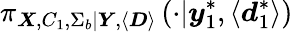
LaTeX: \pi_{\boldsymbol{X},C_{1},\Sigma_{b}|\boldsymbol{Y},\langle\boldsymbol{D}\rangle}\left(\cdot|\boldsymbol{y}_{1}^{*},\langle\boldsymbol{d}_{1}^{*}\rangle\right)